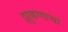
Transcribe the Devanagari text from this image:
झुकणार्‍या